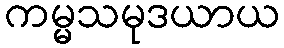
ကမ္မသမုဒယာယ